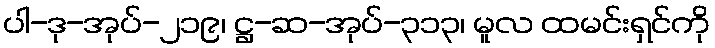
ပါ-ဒု-အုပ်-၂၁၉၊ ဋ္ဌ-ဆ-အုပ်-၃၁၃၊ မူလ ထမင်းရှင်ကို